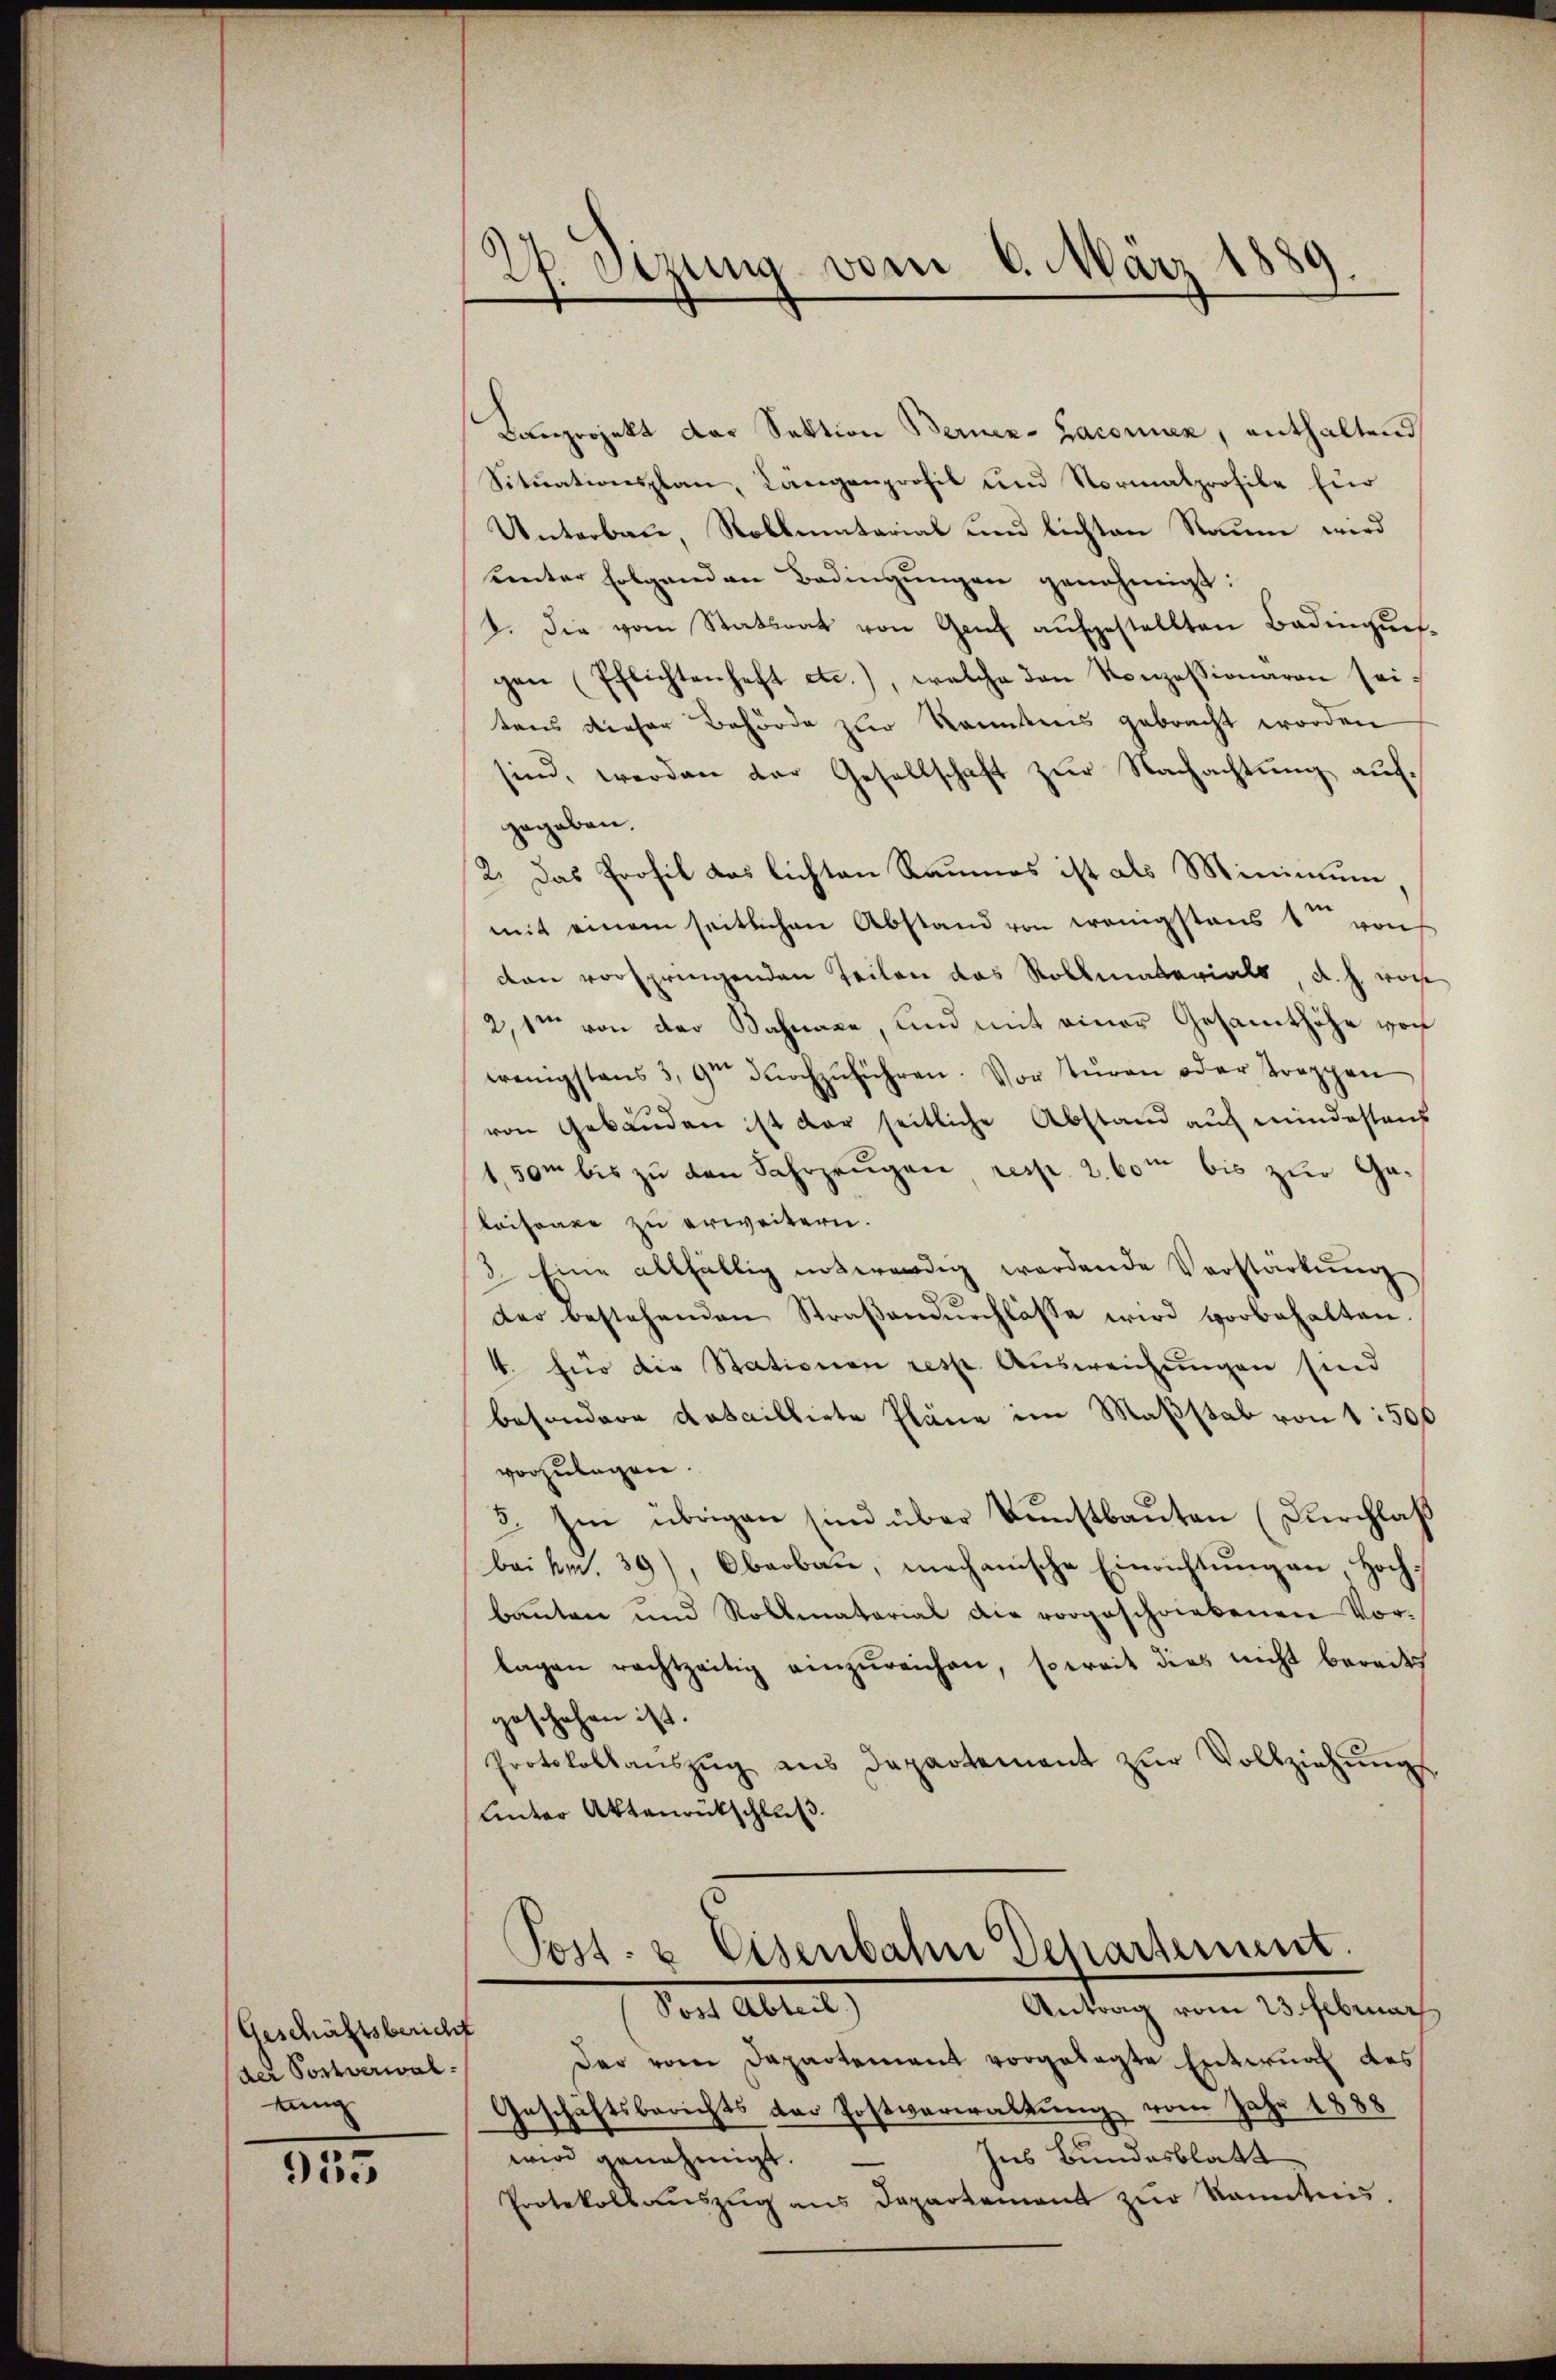
Geschäftsbericht
der Postverwal
tung

955

27. Sizung vom 6. März 1889

Kanprojekt der Sektion Berner-Zaconuen, enthaltend
Sitŭationsplan, Längenprofil und Normalprofile für
Unterbau, Roblmatarial und lichten Raume wird
unter folgenden Bedingungen genehmigt:
2. Die vom Statsrat von Genf aufgestellten Badingungen (Pflichtenhaft etc.), welche den Konzessionaren sei
tens dieser Behörde zur kanntens gebracht worden
sind, werden der Gesellschaft zur Nachachtung aufgegeben.
2. Das Profil das lichten Raumes ist als Minimum,
mit einem seitlichen Abstand von wenigstens 1 von
dan vorspringenden Teilen das Rollmaterials, d. h. vor
2,1ten von der Bahnare, und mit einer Gesamthöhe woch
wenigstens 3, 9m durchzŭführen. Vor Tŭren oder Treppen
von Gebäuden ist der seitliche Abstand auf mindestens
1,50m bis zu den Fahrzeugen resp. 2. 60m bis zur Galaisonne zu erweitern.
3. Eine allfällig notwendig werdende Verstärkŭng
d
der bestehenden Straβendŭrchlasse wird vorbehalten.
4. für die Stationen resp. Ausweichungen sind
besondere dataillirte Pläne im Maßstab von 1500
vorzulegen.
3. Im übrigen sind über Kunstbauten (Durchlaß
bei kn. 39, Oberbau, mechanische Einrichtŭng an Hochbauten und Rollmatorial die vorgeschriebenen Vor-
lagen rechtzeitig einzŭreichen, soweit dies nicht bereitss
geschehen ist.
Protokollaŭszŭg aŭs Departement zŭr Vollziehŭng
Unter Aktenrückschluß.
Post- & Eisenbahn Departement.
Vorch Abteil
Antrag vom 23. Februar
Der vom Departement vorgelegte Entwurf des
Geschäftsberichts der Postverwaltung vom Jahr 1888
Ins Bundesblatt
wird genehmigt.
Protokoll aŭszŭg ans Departement zŭr kanntnis.